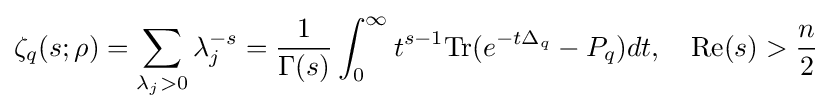
\zeta _{q}(s;\rho )=\sum _{\lambda _{j}>0}\lambda _{j}^{-s}={\frac {1}{\Gamma (s)}}\int _{0}^{\infty }t^{s-1}{\text{Tr}}(e^{-t\Delta _{q}}-P_{q})dt,\ \ \ {\text{Re}}(s)>{\frac {n}{2}}